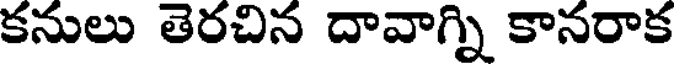
కనులు తెరచిన దావాగ్ని కానరాక